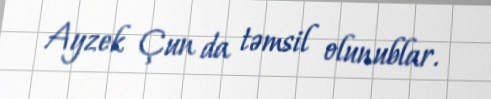
Ayzek Çun da təmsil olunublar.